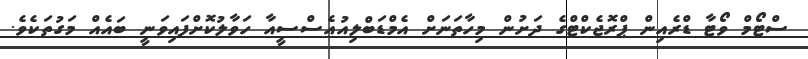
ސްޓޯމް ވޯޓާ ޑްރެއިން ޕްރޮޖެކްޓްގެ ދަށުން މިހާތަނަށް އެމްޑަބްލިއުއެސްސީއާ ހަވާލުކޮށްފައިވަނީ ބައެއް މަގުތަކެވެ.